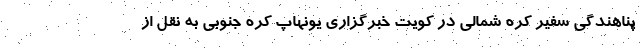
پناهندگی سفیر کره شمالی در کویت خبرگزاری یونهاپ کره جنوبی به نقل از